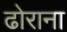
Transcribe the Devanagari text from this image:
ढोराना